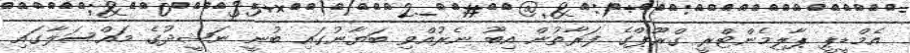
އެމްޑީޕީ ޕާލިމެންޓްރީ ގްރޫޕްގެ ފަރާތުން އިބޫ ނެރުއްވި ބަޔާނުގައި ބުނީ ނަޝީދުގެ މައްސަލާގައި